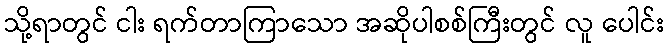
သို့ရာတွင် ငါး ရက်တာကြာသော အဆိုပါစစ်ကြီးတွင် လူ ပေါင်း